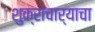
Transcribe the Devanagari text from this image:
शुक्राचार्याचा